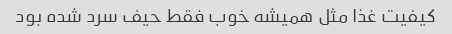
کیفیت غذا مثل همیشه خوب فقط حیف سرد شده بود